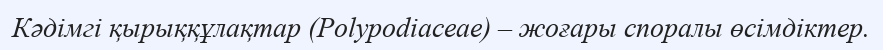
Кәдімгі қырыққұлақтар (Polypodiaceae) – жоғары споралы өсімдіктер.